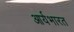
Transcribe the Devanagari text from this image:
आर्यभारत